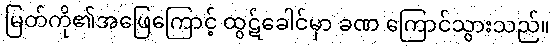
မြတ်ကို၏အဖြေကြောင့် ထွဋ်ခေါင်မှာ ခဏ ကြောင်သွားသည်။